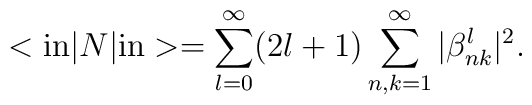
<{\mathrm{in}}|N|{\mathrm{in}}>=\sum_{l=0}^{\infty }(2l+1)\sum_{n,k=1}^{\infty}|\beta _{nk}^{l}|^{2}.